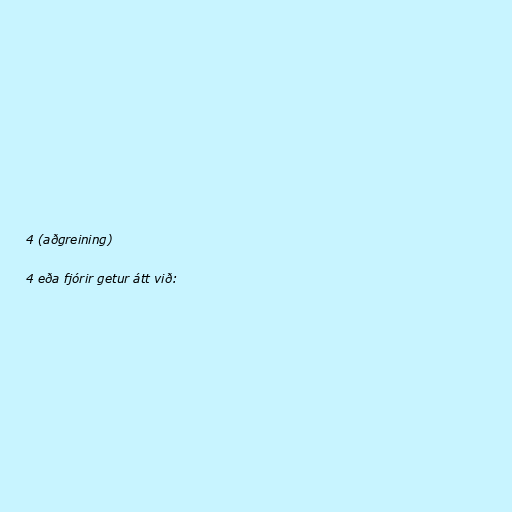
4 (aðgreining)

4 eða fjórir getur átt við: